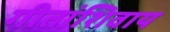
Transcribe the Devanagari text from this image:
गीतांशिवाय